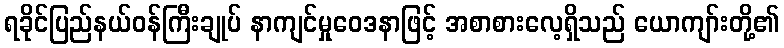
ရခိုင်ပြည်နယ်ဝန်ကြီးချုပ် နာကျင်မှုဝေဒနာဖြင့် အစာစားလေ့ရှိသည် ယောကျာ်းတို့၏